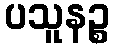
ပသူနဉ္စ